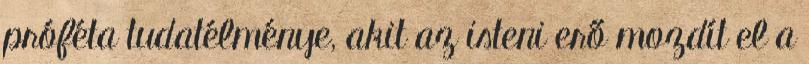
próféta tudatélménye, akit az isteni erő mozdít el a